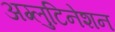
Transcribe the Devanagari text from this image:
अग्लुटिनेशन